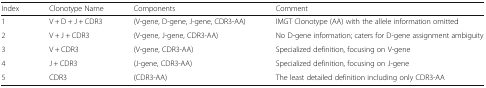
<table><thead><tr><td><b>Index</b></td><td><b>Clonotype Name</b></td><td><b>Components</b></td><td><b>Comment</b></td></tr></thead><tbody><tr><td>1</td><td>V + D + J + CDR3</td><td>(V-gene, D-gene, J-gene, CDR3-AA)</td><td>IMGT Clonotype (AA) with the allele information omitted</td></tr><tr><td>2</td><td>V + J + CDR3</td><td>(V-gene, J-gene, CDR3-AA)</td><td>No D-gene information; caters for D-gene assignment ambiguity</td></tr><tr><td>3</td><td>V + CDR3</td><td>(V-gene, CDR3-AA)</td><td>Specialized definition, focusing on V-gene</td></tr><tr><td>4</td><td>J + CDR3</td><td>(J-gene, CDR3-AA)</td><td>Specialized definition, focusing on J-gene</td></tr><tr><td>5</td><td>CDR3</td><td>(CDR3-AA)</td><td>The least detailed definition including only CDR3-AA</td></tr></tbody></table>